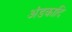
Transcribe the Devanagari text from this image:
अंडकादि